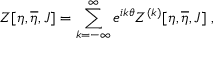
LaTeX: Z [ \eta , \overline { { { \eta } } } , J ] = \sum _ { k = - \infty } ^ { \infty } e ^ { i k \theta } Z ^ { ( k ) } [ \eta , \overline { { { \eta } } } , J ] \; ,